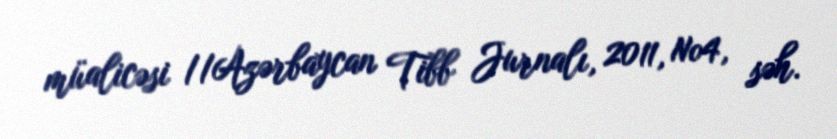
müalicəsi //Azərbaycan Tibb Jurnalı, 2011, №4, səh.